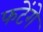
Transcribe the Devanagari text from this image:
फटेंगे